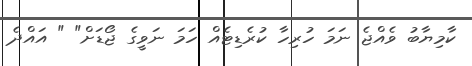
ކާމިޔާބު ވެއްޖެ ނަމަ ހުރިހާ ކުރެޑިޓެއް ހަމަ ނަވީގެ ޖޯޑަށް" " އައްދެ